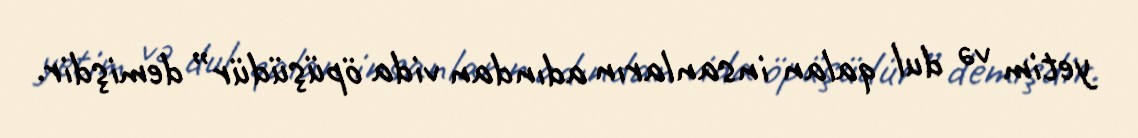
yetim və dul qalan insanların adından vida öpüşüdür” demişdir.